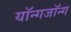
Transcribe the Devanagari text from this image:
यॉन्गजॉन्ग